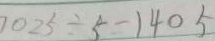
0 2 5 \div 5 = 1 4 0 5